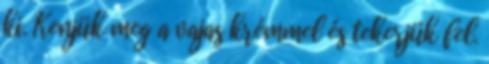
ki. Kenjük meg a vajas krémmel és tekerjük fel.